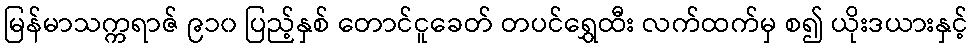
မြန်မာသက္ကရာဇ် ၉၁၀ ပြည့်နှစ် တောင်ငူခေတ် တပင်ရွှေထီး လက်ထက်မှ စ၍ ယိုးဒယားနှင့်